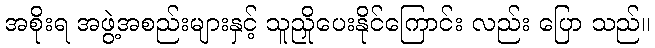
အစိုးရ အဖွဲ့အစည်းများနှင့် သူညှိုပေးနိုင်ကြောင်း လည်း ပြော သည်။